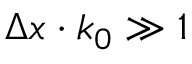
\Delta x \cdot k _ { 0 } \gg 1